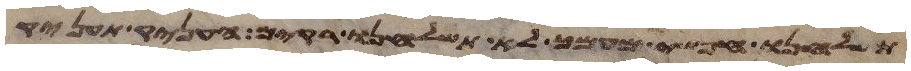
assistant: תשלחנו חפשי מעמך לא תשלחנו ריקם העניק תעניק